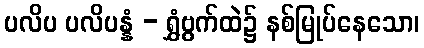
ပလိပ ပလိပန္နံ - ရွှံဗွက်ထဲ၌ နစ်မြုပ်နေသော၊